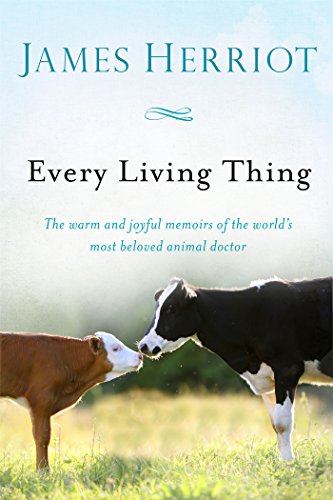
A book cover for Every Living Thing (All Creatures Great and Small); James Herriot; Crafts, Hobbies & Home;